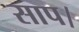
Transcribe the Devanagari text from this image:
साप।